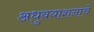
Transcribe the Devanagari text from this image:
अधुवयाशनाचे